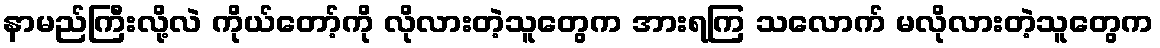
နာမည်ကြီးလို့လဲ ကိုယ်တော့်ကို လိုလားတဲ့သူတွေက အားရကြ သလောက် မလိုလားတဲ့သူတွေက